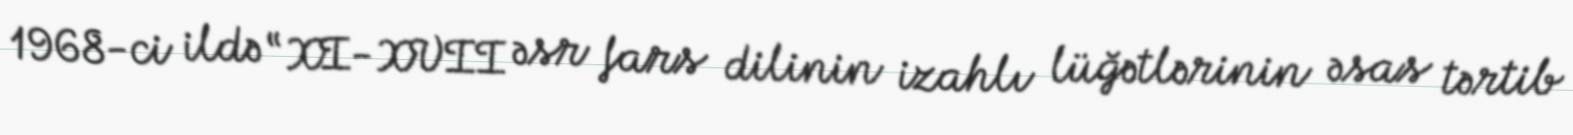
1968-ci ildə “XI-XVII əsr fars dilinin izahlı lüğətlərinin əsas tərtib